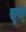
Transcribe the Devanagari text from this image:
सूख्